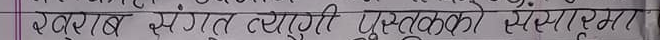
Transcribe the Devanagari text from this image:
गुलाब संग यो पुस्तकको संपर्क?